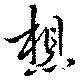
想